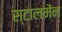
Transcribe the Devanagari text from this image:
स्टालमेंन